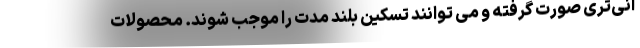
انی‌تری صورت گرفته و می توانند تسکین بلند مدت را موجب شوند. محصولات